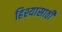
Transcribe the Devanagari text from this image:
हिश्यासाठी